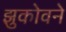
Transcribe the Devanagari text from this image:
झुकोवने